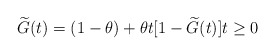
\begin{align*}\widetilde{G}(t)=(1-\theta)+\theta t[1-\widetilde{G}(t)]t\geq0\end{align*}